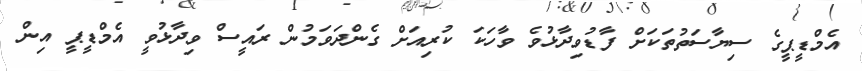
އެމްޑީޕީގެ ސިޔާސަތުތަކަށް ފާޑުވިދާޅުވެ ވާހަކަ ކުރިއަށް ގެންދަވަމުން ރައީސް ވިދާޅުވީ އެމްޑީޕީ އިން